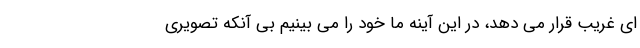
ای غریب قرار می دهد، در این آینه ما خود را می بینیم بی آنکه تصویری